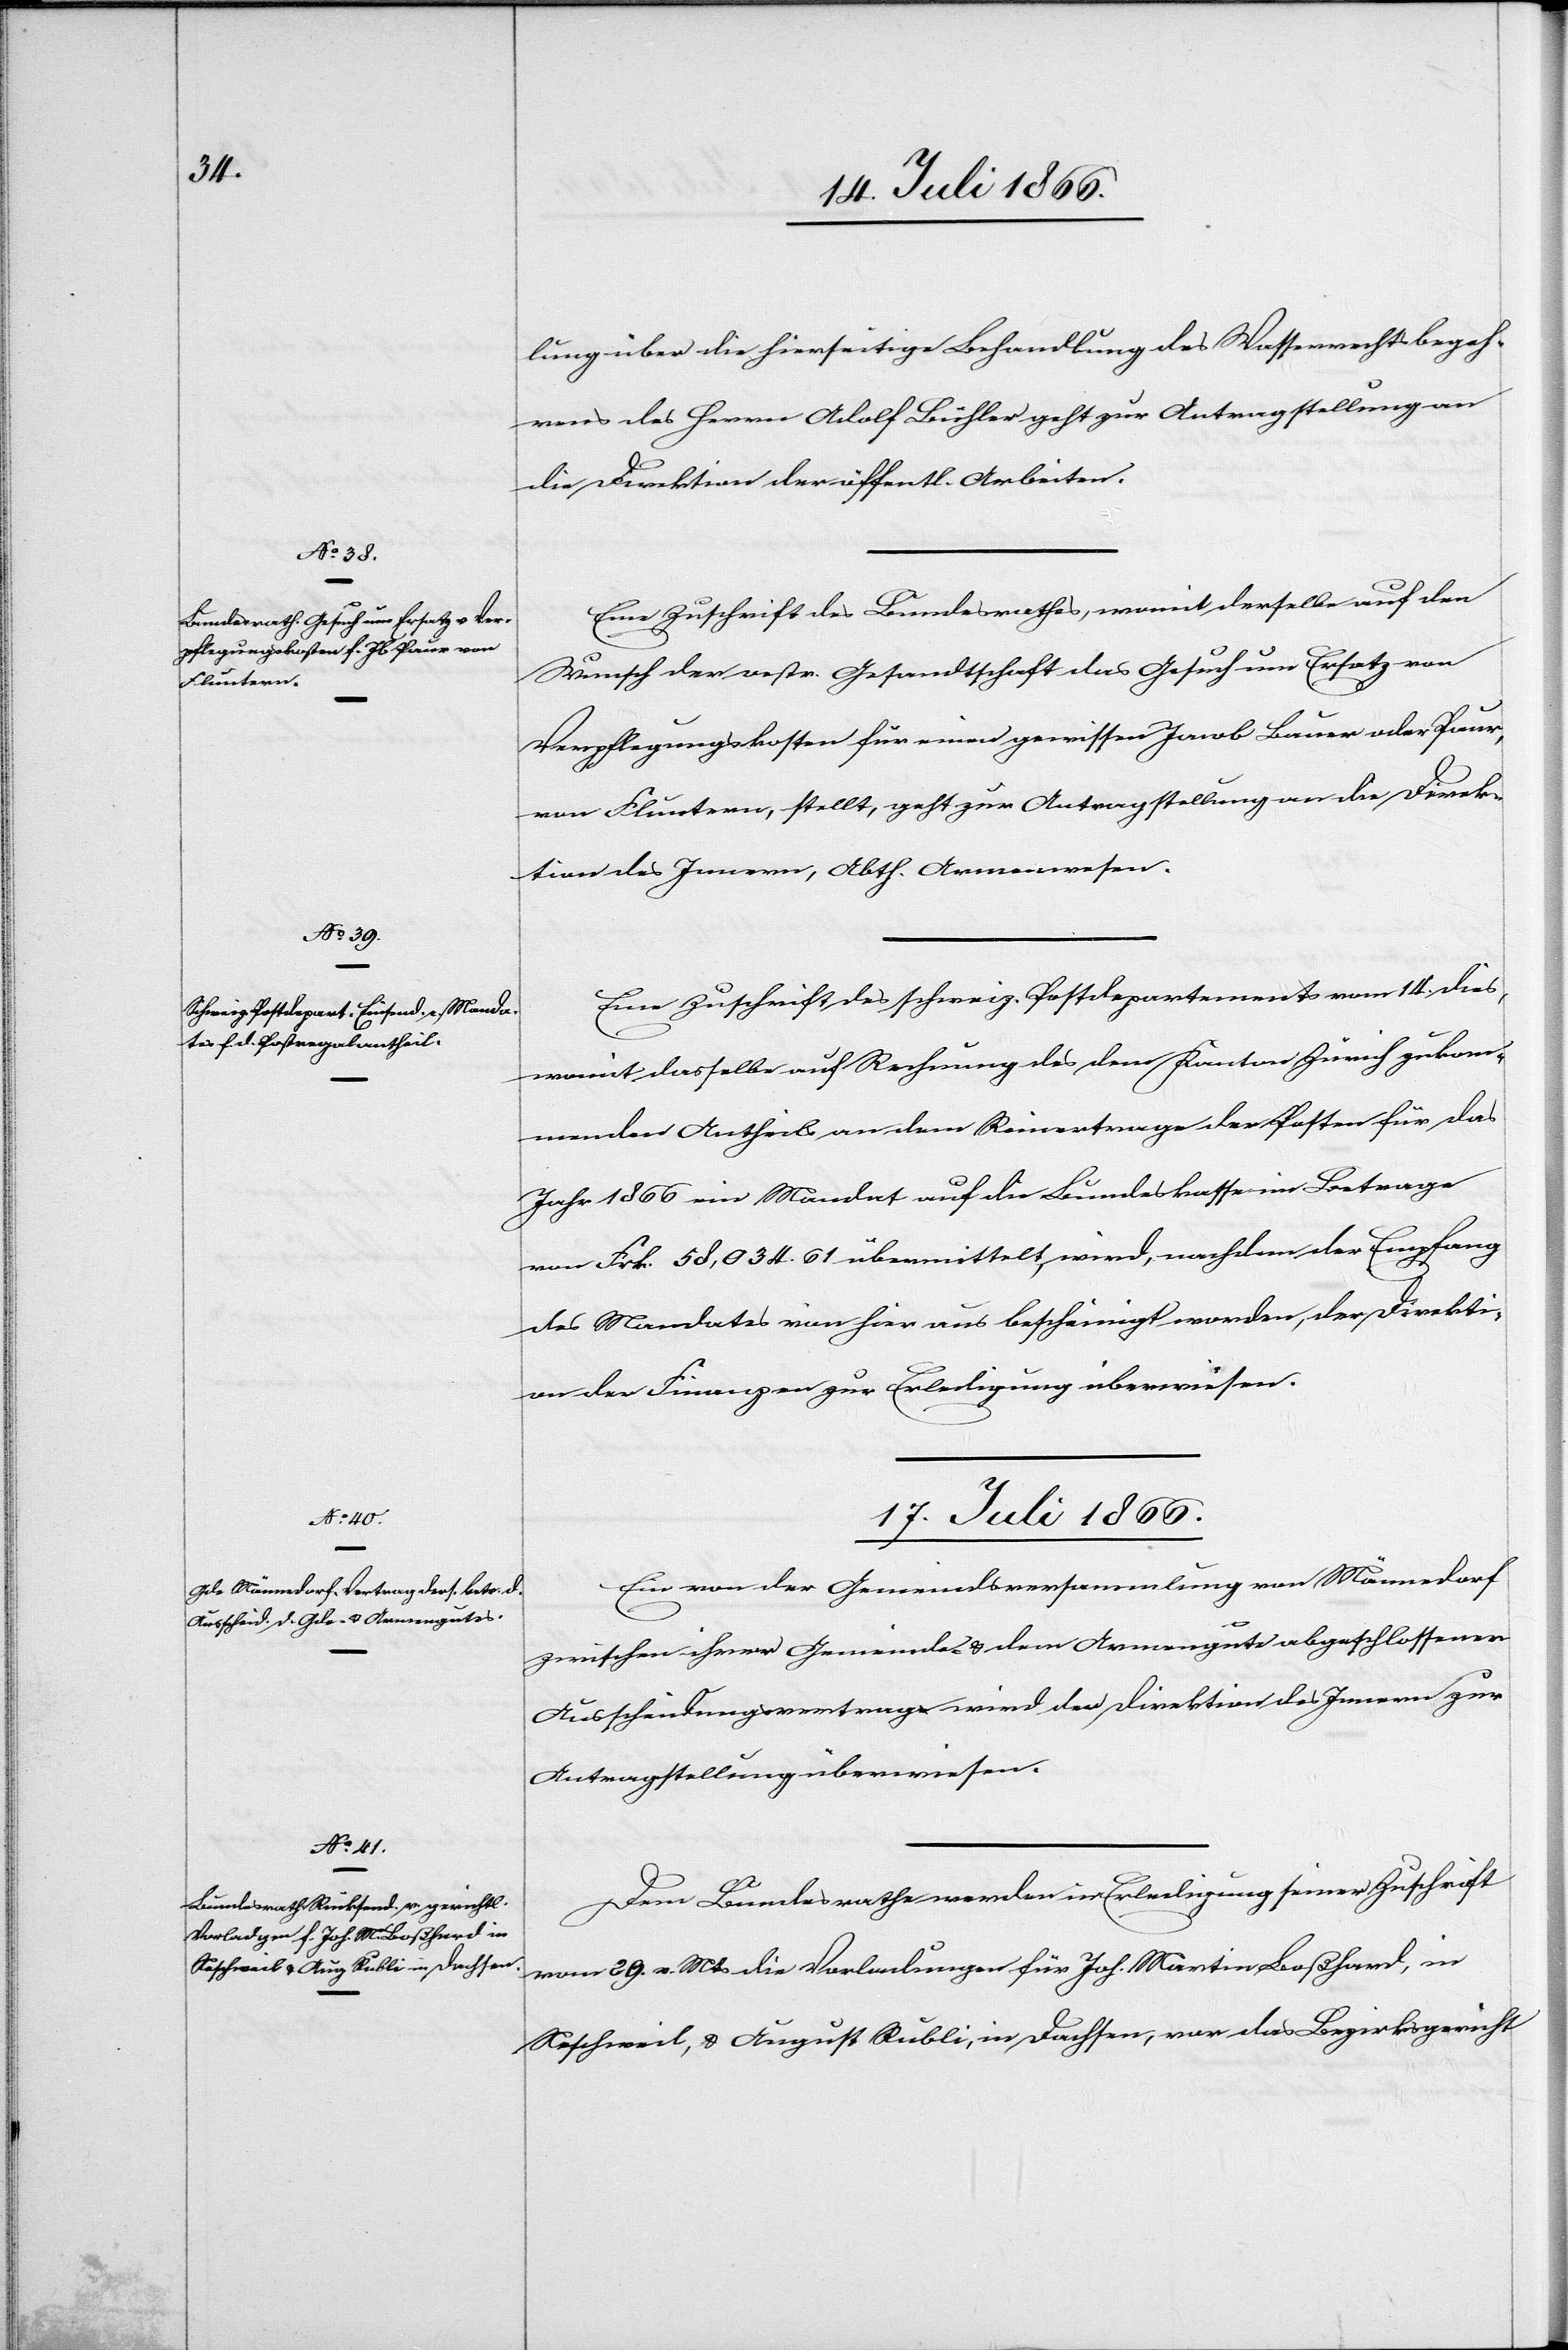
16. Juli 1866.]
lung über die hierseitige Behandlung des Wasserrechtsbegeh¬
rens des Herren Adolf Bühler geht zur Antragstellung an
die Direktion der öffentl. Arbeiten.
Eine Zuschrift des Bundesrathes, womit derselbe auf den
Wunsch der oestr. Gesandtschaft das Gesuch um Ersatz von
Verpflegungskosten für einen gewissen Jacob Bauer oder Paur,
von Fluntern, stellt, geht zur Antragstellung an die Direk¬
tion des Innern, Abth. Armenwesen.
Eine Zuschrift des schweiz. Postdepartements vom 14. dies,
womit dasselbe auf Rechnung des dem Kanton Zürich zukom¬
menden Antheils an dem Reinertrage der Posten für das
Jahr 1866 ein Mandat auf die Bundeskasse im Betrage
von Frk. 58 034.61 übermittelt, wird, nachdem der Empfang
des Mandates von hier aus bescheinigt worden, der Direkti¬
on der Finanzen zur Erledigung überwiesen.
17. Juli 1866.]
Ein von der Gemeindsversammlung von Männedorf
zwischen ihrer Gemeinde u. dem Armengute abgeschlossener
Ausscheidungsvertrag wird der Direktion des Innern zur
Antragstellung überwiesen.
Dem Bundesrathe werden in Erledigung seiner Zuschrift
vom 29. v. Mts. die Vorladungen für Joh. Martin Boßhard, in
Keschweil, u. August Kubli, in Dachsen, vor das Bezirksgericht